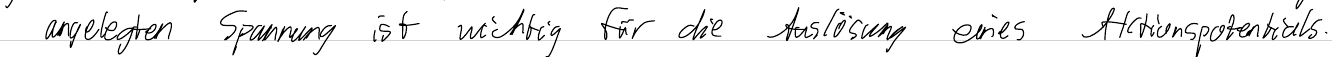
angelegten Spannung ist wichtig für die Auslösung eines Aktionspotentials.